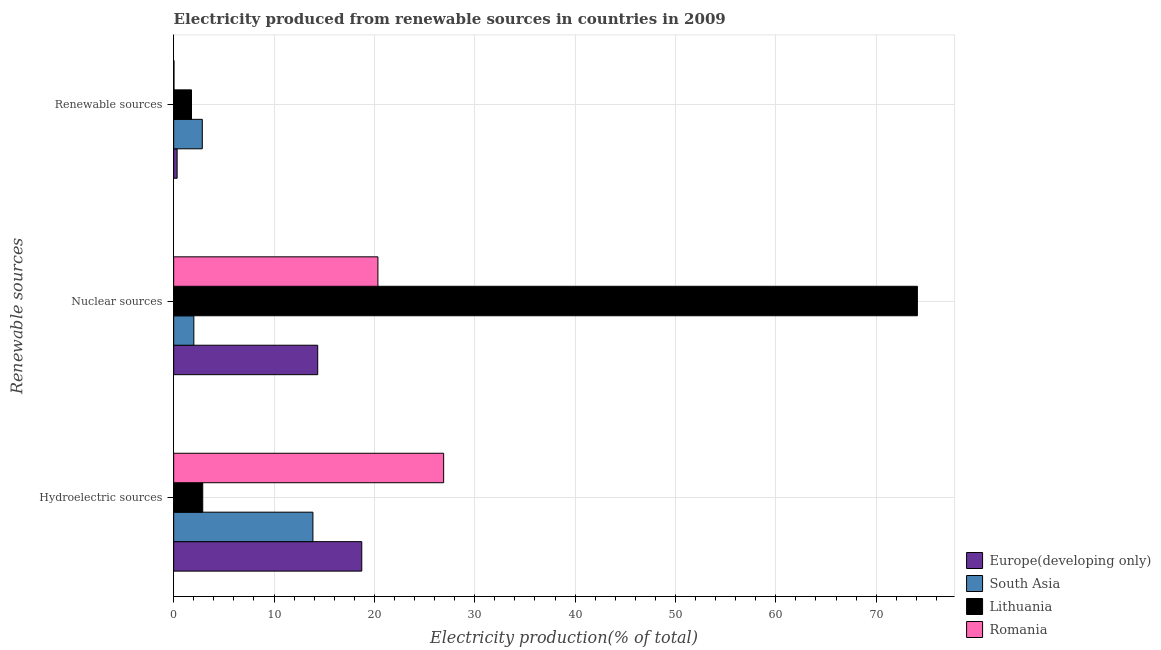
| Renewable sources | Europe(developing only) | South Asia | Lithuania | Romania |
 | --- | --- | --- | --- | --- |
 | Hydroelectric sources | 18.7 | 13.9 | 2.9 | 26.9 |
 | Nuclear sources | 14.4 | 2.01 | 74.1 | 20.4 |
 | Renewable sources | 0.345 | 2.85 | 1.78 | 0.0329 |